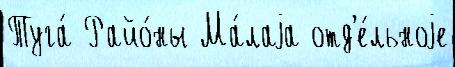
Туга́ Райо́ны Ма́лаjа отд'е́льноjе